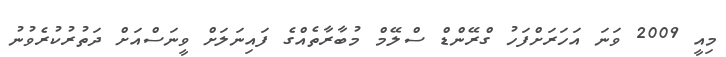
މިއީ 2009 ވަނަ އަހަރަށްފަހު ގްރޭންޑް ސްލޭމް މުބާރާތެއްގެ ފައިނަލަށް ވީނަސްއަށް ދަތުރުކުރެވުނު